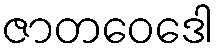
ဇာတဝေဒေါ